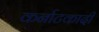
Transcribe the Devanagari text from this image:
कर्नाटकादी